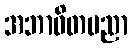
အဘာဝိတပညာ